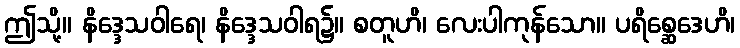
ဤသို့။ နိဒ္ဒေသဝါရေ၊ နိဒ္ဒေသဝါရ၌။ စတူဟိ၊ လေးပါကုန်သော။ ပရိစ္ဆေဒေဟိ၊